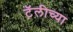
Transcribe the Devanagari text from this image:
टॅलीच्या